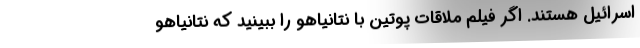
اسرائیل هستند. اگر فیلم ملاقات پوتین با نتانیاهو را ببینید که نتانیاهو